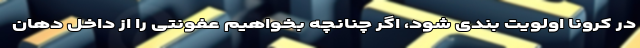
در کرونا اولویت بندی شود، اگر چنانچه بخواهیم عفونتی را از داخل دهان